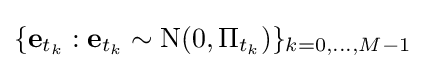
\{\mathbf {e} _{t_{k}}:\mathbf {e} _{t_{k}}\sim \mathrm {N} (0,\Pi _{t_{k}})\}_{k=0,...,M-1}